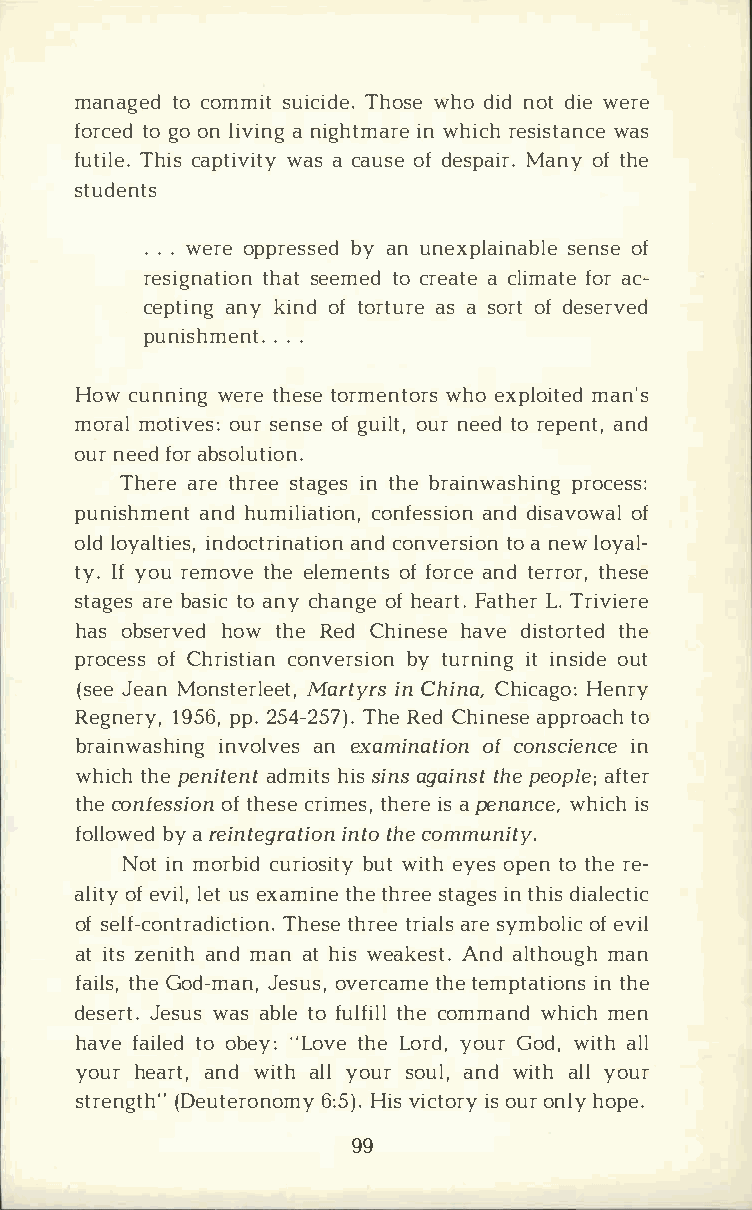
managteocd o mmsiuti cTihdoesw.eh od indo dti wee re
 forcteogd oo nl ivain nigg htimnaw rhei rcehs iswtaasn ce
 futiThliecs.a ptiwvaisatc ya uosfed espMaainroy.f t he
 students
 ..w.e roep prebsysa endu nexplasiennaosbfel e
 resigntahtasiteo enm teodc reaact lei mfaotarec ­
 ceptainnykg i nodft ortausar s eo rotfd eserved
 punish.m.e.n.t
 Howc unniwnegrt eh etsoer menwthooer xsp lomiatne'ds
 mormaolt ivoeussr:e nosfeg uiolutnr,e etdor epeanntd,
 ounre efdoa rb solution.
 Theraert eh rsetea gients h ber ainwapsrhoicnegs s:
 punishamnedhn utm ilicaotnifoensa,sn iddoi ns avoofw al
 olldo yalitnideosc,t rainncdao tnivoenrt soain oenwl oyal­
 tyI.fy our emotvheee l emeonfft osr acnedt errtohre,s e
 stagaerbsea stioac n yc hanogfhe e aFratt.h Le.Tr r iviere
 haso bserhvoewdt heR edC hinehsaevd ei stotrhtee d
 procoefsC sh risctoinavne rbsyit ournn iitin ngs ioduet
 (seJee aMno nsteMralreteyitrn,sC hinCa,h icaHgeon:r y
 Regnery,p   p2.15 945-62T,5h 7eR) e.dC hinaepsper otaoc h
 brainwashinagn    e ixanmvionlavtoeifcos on n scieinnc e
 whitchhpe e nitaedntm ihtisssi nasg aintshtpe e oplaef;t er
 thceo nfesosifto hne csrei mtehse,ir asep enanwchei,ic sh
 follobwya er edi ntegriantttioho ceno mmunity.
 Notin m orbciudr iobsuiwtti yte hy eosp etnot hree ­
 aliotfey v illeu,tse xamitnhteeh rsetea ignet shd iisa lectic
 ofs elf-contTrhaedtsihecr tterieio aanrl.ses y mboolfei vci l
 ati tzse niatnhdm ana th iwse akeAsntd. altmhaonu gh
 faitlhsGe,o d-mJaens,uo sv,e rctahmteee mptaitnti hoen s
 deseJrets.wu assa blteof ultfhicelo lm mawnhdi cmhe n
 havfea itloeo db e"yL:o vtehL eo rydo,u Gro dw,i tahl l
 youhre aratn,dw itahl ylo usro ualn,dw itahl ylo ur
 stren(gDtehu"t er6o:n5Ho)imv.syi ctioosru yor n lhyo pe.
 99